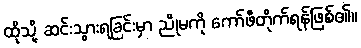
ထိုသို့ ဆင်းသွားရခြင်းမှာ ညိုမကို ကော်ဖီတိုက်ရန်ဖြစ်၏။